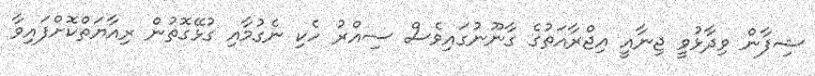
ޝިފާން ވިދާޅުވީ ޖިނާއީ އިޖްރާއަތުގެ ގާނޫނުގައިވެސް ސިއްރު ހެކި ނެގުމާއި ގުޅޭގޮތުން ރިއާޔަތްކޮށްފައިވާ